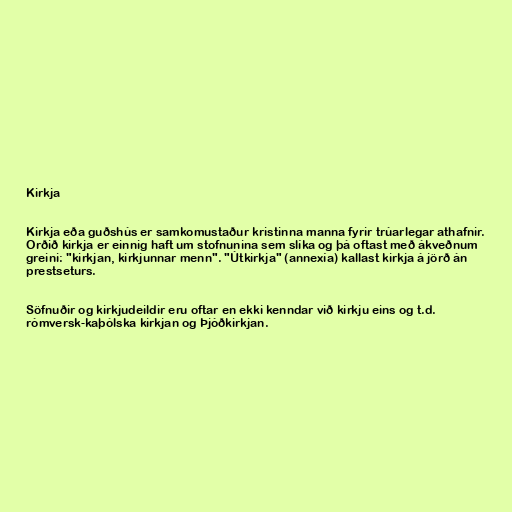
Kirkja

Kirkja eða guðshús er samkomustaður kristinna manna fyrir trúarlegar athafnir.
Orðið kirkja er einnig haft um stofnunina sem slíka og þá oftast með ákveðnum
greini: "kirkjan, kirkjunnar menn". "Útkirkja" (annexía) kallast kirkja á jörð án
prestseturs.

Söfnuðir og kirkjudeildir eru oftar en ekki kenndar við kirkju eins og t.d.
rómversk-kaþólska kirkjan og Þjóðkirkjan.